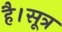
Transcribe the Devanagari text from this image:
है।सूत्र